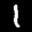
Label: 1